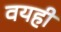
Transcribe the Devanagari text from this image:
वयही